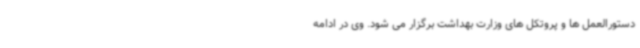
دستورالعمل ها و پروتکل های وزارت بهداشت برگزار می شود. وی در ادامه